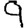
Digit: 9